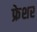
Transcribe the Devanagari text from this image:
फ्रेशर